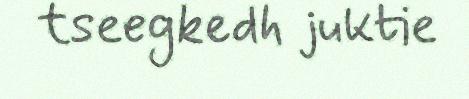
tseegkedh juktie